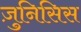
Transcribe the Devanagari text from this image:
ज़ुनिसिस